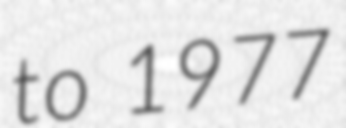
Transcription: to 1977